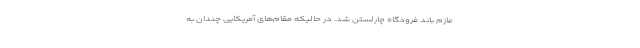
عازم باند فرودگاه چارلستن شد. در حالیکه مقام‌های آمریکایی چندان به